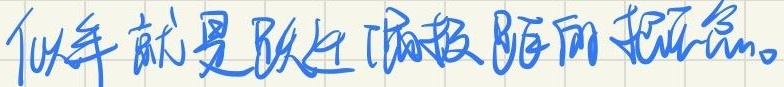
似乎就是跃迁偶极距的概念。